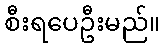
စီးရပေဦးမည်။